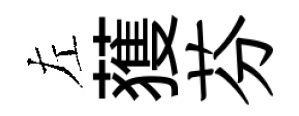
左𫉬芬